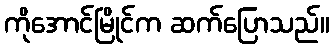
ကိုအောင်မြိုင်က ဆက်ပြောသည်။